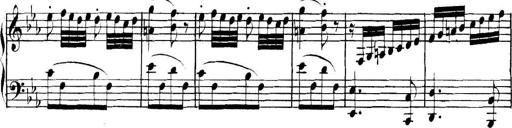
Title: Collected Piano Sonatas
Composer: Muzio Clementi